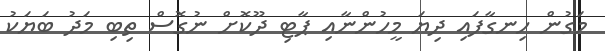
މަގުން ހިނގާފައި ދިޔަ މީހުންނާއި ޕާޓި ދޫކޮށް ނުގޮސް ތިބި މަދު ބަޔަކު